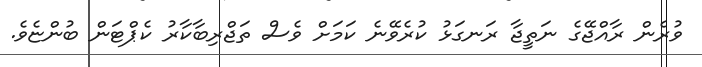
ވުރެން ރާއްޖޭގެ ނަތީޖާ ރަނގަޅު ކުރެވޭނެ ކަމަށް ވެސް ތަޖްރިބާކާރު ކެޕްޓަން ބުންޏެވެ.